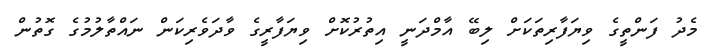
މެދު ފަންތީގެ ވިޔަފާރިތަކަށް ލިބޭ އާމްދަނީ އިތުރުކޮށް ވިޔަފާރީގެ ވާދަވެރިކަން ނައްތާލުމުގެ ގޮތުން